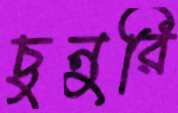
চুনুরি